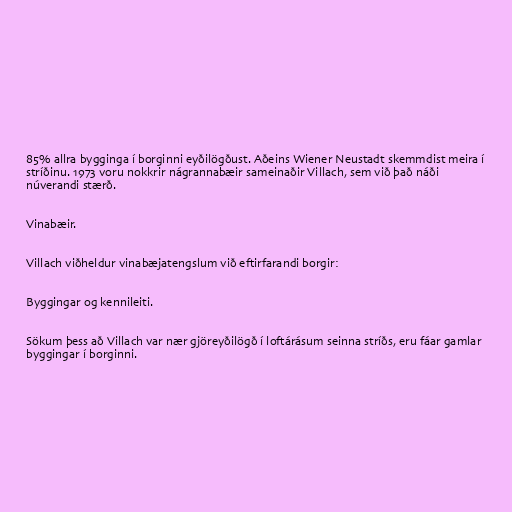
85% allra bygginga í borginni eyðilögðust. Aðeins Wiener Neustadt skemmdist meira í
stríðinu. 1973 voru nokkrir nágrannabæir sameinaðir Villach, sem við það náði
núverandi stærð.

Vinabæir.

Villach viðheldur vinabæjatengslum við eftirfarandi borgir:

Byggingar og kennileiti.

Sökum þess að Villach var nær gjöreyðilögð í loftárásum seinna stríðs, eru fáar gamlar
byggingar í borginni.